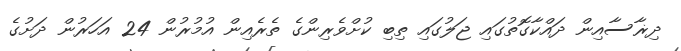
ދިޜާސާއިން ދައްކާގޮތުގައި ޖަލުގައި ތިބި ކުށްވެރިންގެ ތެރެއިން އުމުރުން 24 އަހަރުން ދަށުގެ